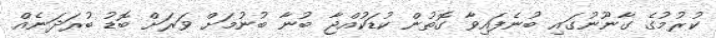
ކުރުމުގެ ގާނޫނުގައި ބުނެފައިވާ ގޮތުން ކުޑަކުއްޖާ ބުނާ ބުނުމަށް ވަރަށް ބޮޑު ބުރަދަނެއް